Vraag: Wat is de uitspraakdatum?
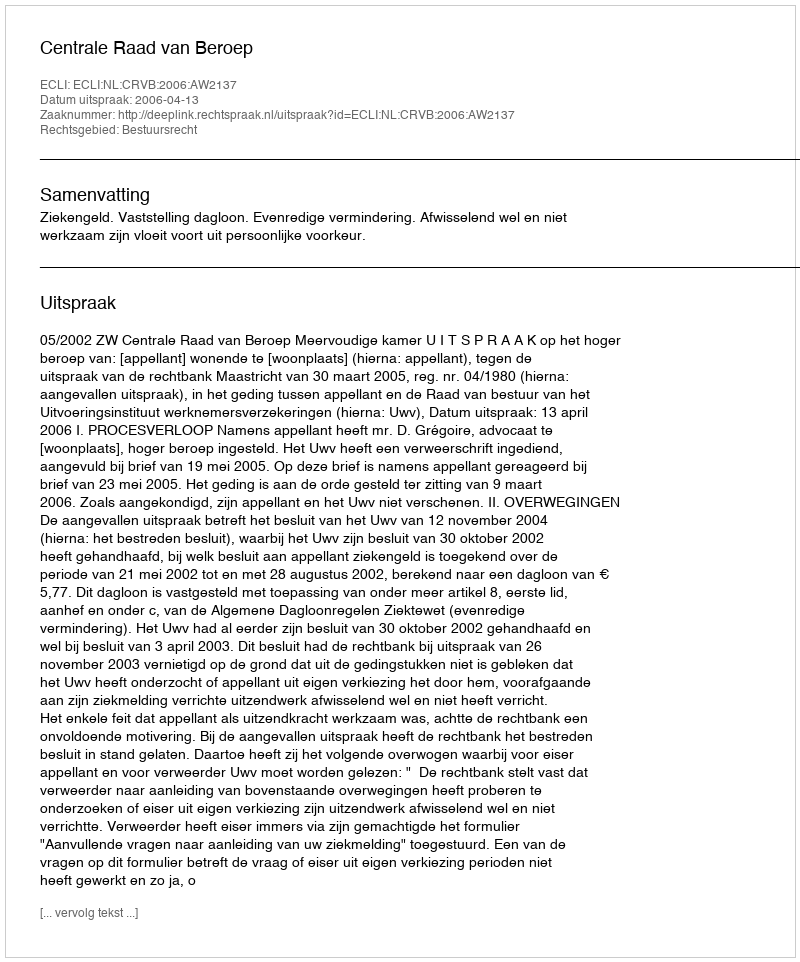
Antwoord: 2006-04-13